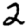
Digit: 2